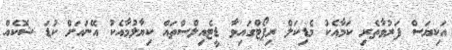
އަކިޔަސް ފަރުވާތެރި ކަމާއެކު މެޑިކަލް ރިޕޯޓްގައިވާ ޑީޓެއިލްސްތައް ކިޔާލުމާއެކު އޭނައަށް ކުޑަ ޝޮކެއް